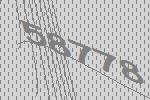
58778